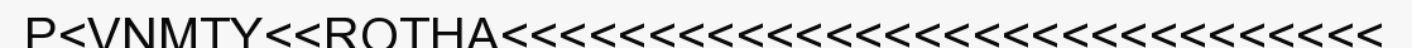
P<VNMTY<<ROTHA<<<<<<<<<<<<<<<<<<<<<<<<<<<<<<